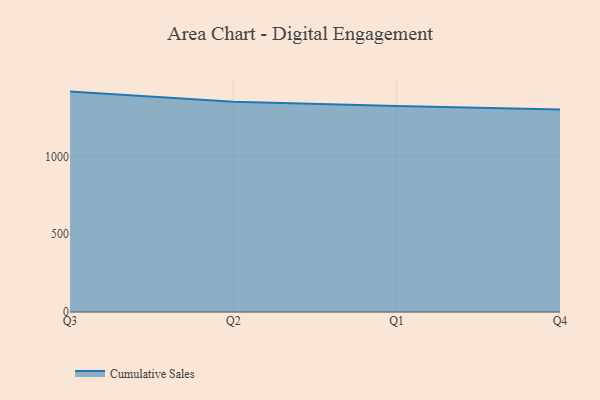
{"axis": {"x": "Quarter", "y": "Budget (USD K)"}, "legend": ["Cumulative Sales"], "data": [{"x": "Q3", "y": 1417.2, "type": "Cumulative Sales"}, {"x": "Q2", "y": 1351.9, "type": "Cumulative Sales"}, {"x": "Q1", "y": 1325.1, "type": "Cumulative Sales"}, {"x": "Q4", "y": 1301.9, "type": "Cumulative Sales"}]}